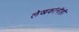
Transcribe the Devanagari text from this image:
लेखकांनीही